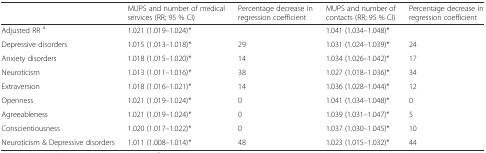
<table><thead><tr><td></td><td><b>MUPS and number of medical services (RR; 95 % CI)</b></td><td><b>Percentage decrease in regression coefficient</b></td><td><b>MUPS and number of contacts (RR; 95 % CI)</b></td><td><b>Percentage decrease in regression coefficient</b></td></tr></thead><tbody><tr><td>Adjusted RR <sup>a</sup></td><td>1.021 (1.019–1.024)*</td><td></td><td>1.041 (1.034–1.048)*</td><td></td></tr><tr><td>Depressive disorders</td><td>1.015 (1.013–1.018)*</td><td>29</td><td>1.031 (1.024–1.039)*</td><td>24</td></tr><tr><td>Anxiety disorders</td><td>1.018 (1.015–1.020)*</td><td>14</td><td>1.034 (1.026–1.042)*</td><td>17</td></tr><tr><td>Neuroticism</td><td>1.013 (1.011–1.016)*</td><td>38</td><td>1.027 (1.018–1.036)*</td><td>34</td></tr><tr><td>Extraversion</td><td>1.018 (1.016–1.021)*</td><td>14</td><td>1.036 (1.028–1.044)*</td><td>12</td></tr><tr><td>Openness</td><td>1.021 (1.019–1.024)*</td><td>0</td><td>1.041 (1.034–1.048)*</td><td>0</td></tr><tr><td>Agreeableness</td><td>1.021 (1.019–1.024)*</td><td>0</td><td>1.039 (1.031–1.047)*</td><td>5</td></tr><tr><td>Conscientiousness</td><td>1.020 (1.017–1.022)*</td><td>0</td><td>1.037 (1.030–1.045)*</td><td>10</td></tr><tr><td>Neuroticism &amp; Depressive disorders</td><td>1.011 (1.008–1.014)*</td><td>48</td><td>1.023 (1.015–1.032)*</td><td>44</td></tr></tbody></table>